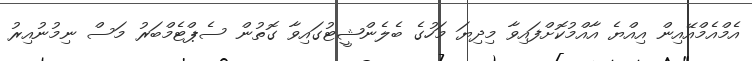
އެމްއެމްއޭއިން އިއްޔެ އާއްމުކޮށްފައިވާ މިދިޔަ މަހުގެ ބެލެންޝީޓުގައިވާ ގޮތުން ސެޕްޓެމްބަރު މަސް ނިމުނުއިރު